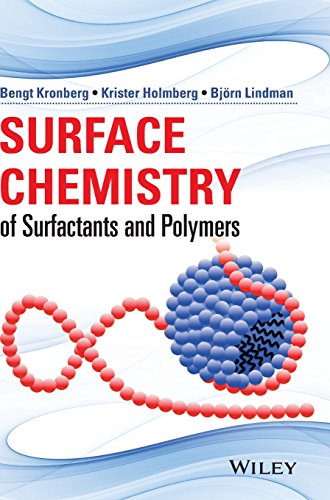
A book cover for Surface Chemistry of Surfactants and Polymers; Bengt Kronberg; Science & Math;